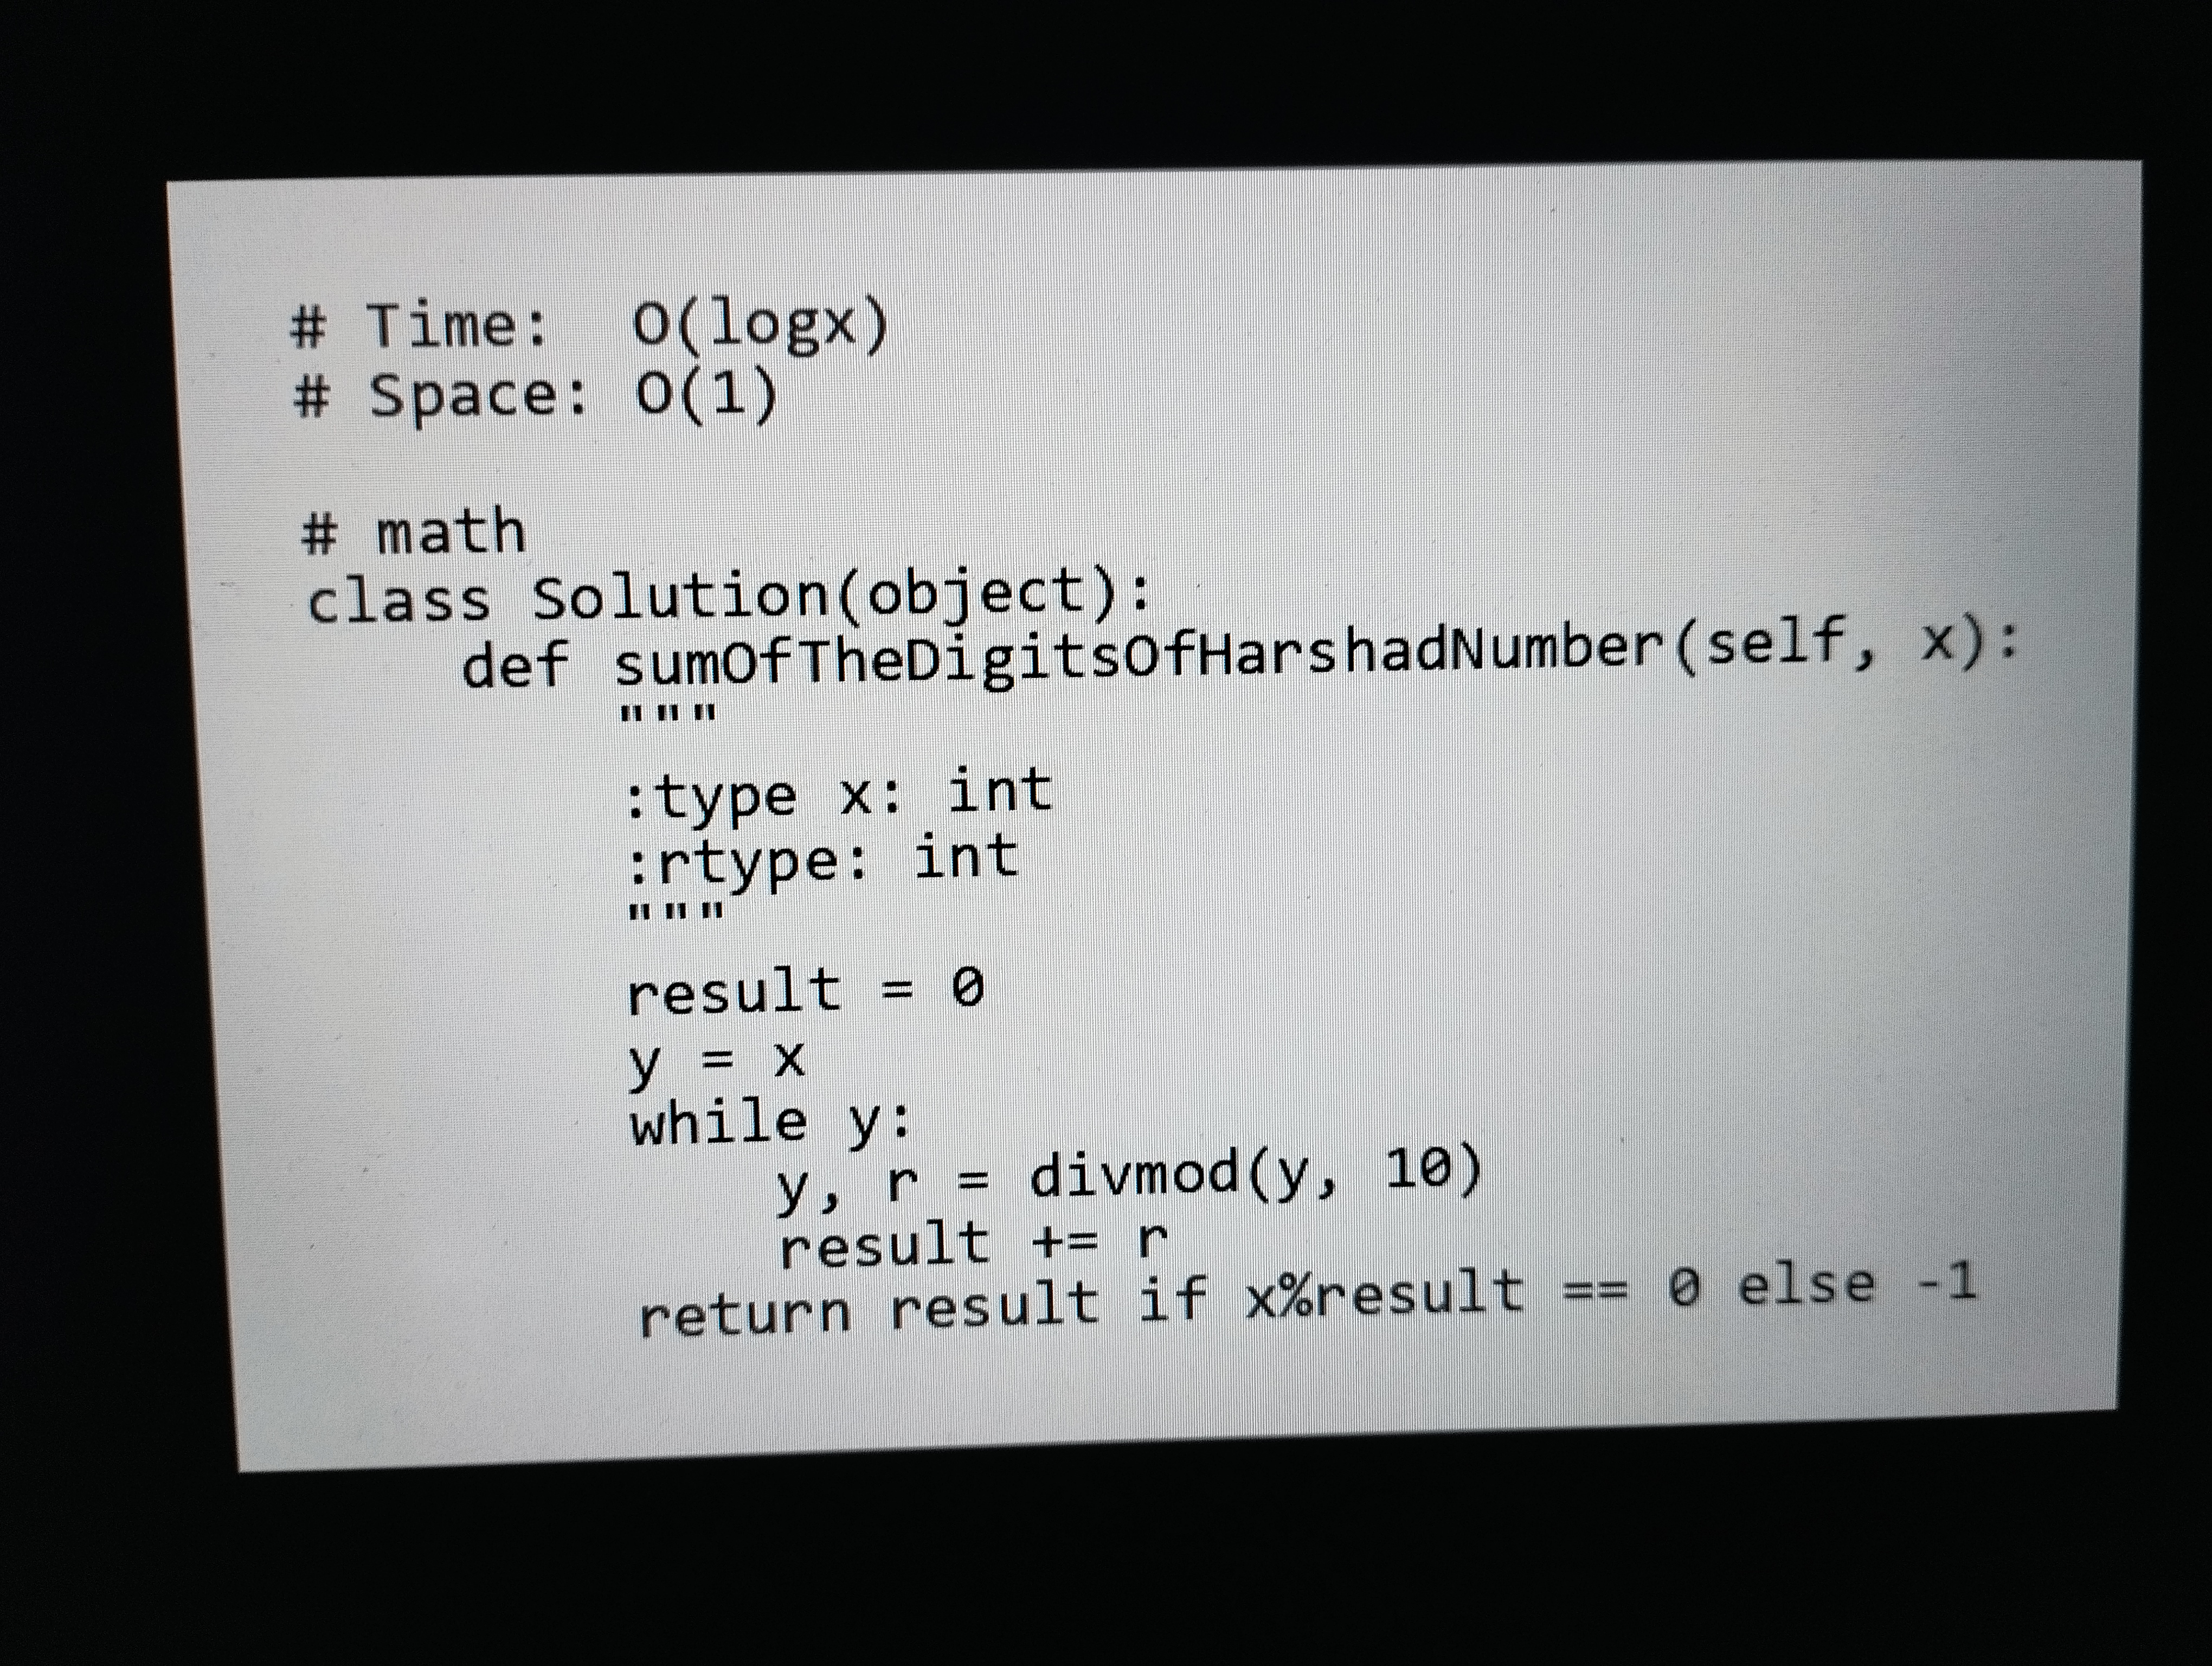
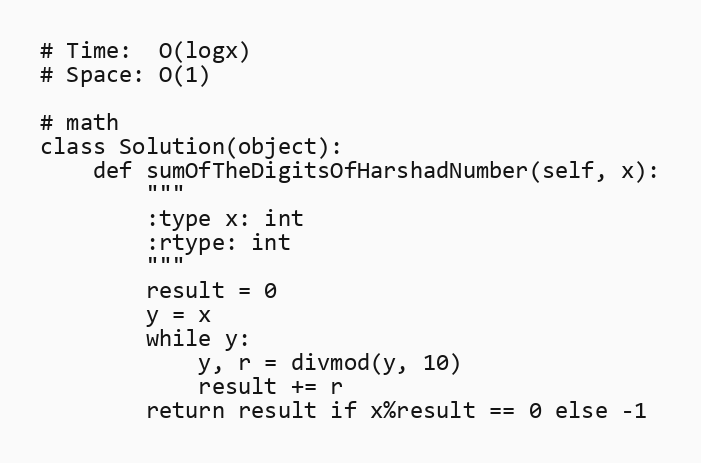
# Time:  O(logx)
# Space: O(1)

# math
class Solution(object):
    def sumOfTheDigitsOfHarshadNumber(self, x):
        """
        :type x: int
        :rtype: int
        """
        result = 0
        y = x
        while y:
            y, r = divmod(y, 10)
            result += r
        return result if x%result == 0 else -1